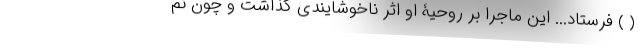
( ) فرستاد... این ماجرا بر روحیۀ او اثر ناخوشایندی گذاشت و چون نم